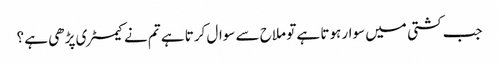
جب کشتی میں سوار ہوتا ہے تو ملاح سے سوال کرتا ہے تم نے کیمسٹری پڑھی ہے ؟